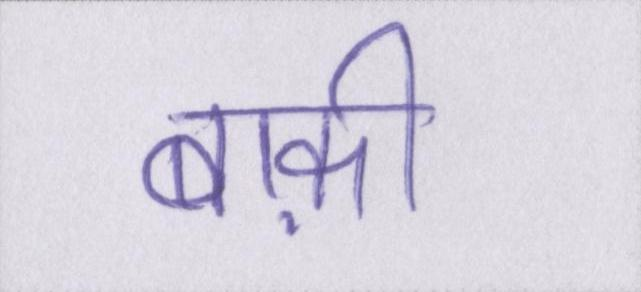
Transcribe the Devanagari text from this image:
बाक़ी